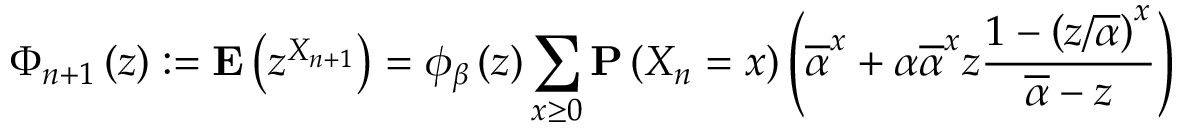
\Phi _ { n + 1 } \left( z \right) : = { \bf E } \left( z ^ { X _ { n + 1 } } \right) = \phi _ { \beta } \left( z \right) \sum _ { x \geq 0 } { \bf P } \left( X _ { n } = x \right) \left( \overline { { \alpha } } ^ { x } + \alpha \overline { { \alpha } } ^ { x } z \frac { 1 - \left( z / \overline { { \alpha } } \right) ^ { x } } { \overline { { \alpha } } - z } \right)